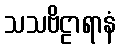
သသဗိဠာရာနံ